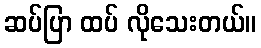
ဆပ်ပြာ ထပ် လိုသေးတယ်။